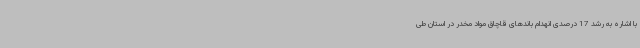
با اشاره به رشد 17 درصدی انهدام باندهای قاچاق مواد مخدر در استان طی